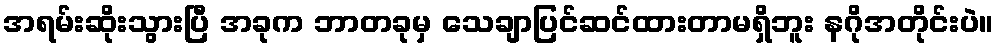
အရမ်းဆိုးသွားပြီ အခုက ဘာတခုမှ သေချာပြင်ဆင်ထားတာမရှိဘူး နဂိုအတိုင်းပဲ။